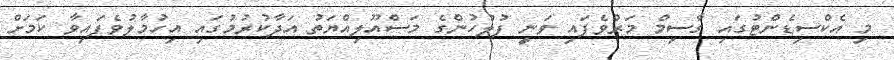
މި އެކްސިޑެންޓުގައި ގާސިމް މަރުވެފައި ވަނީ ފުލުހުންގެ މަސްއޫލިއްޔަތު އަދާކުރުމުގައި އިހުމާލުވެފައިވާ ކަމަށް